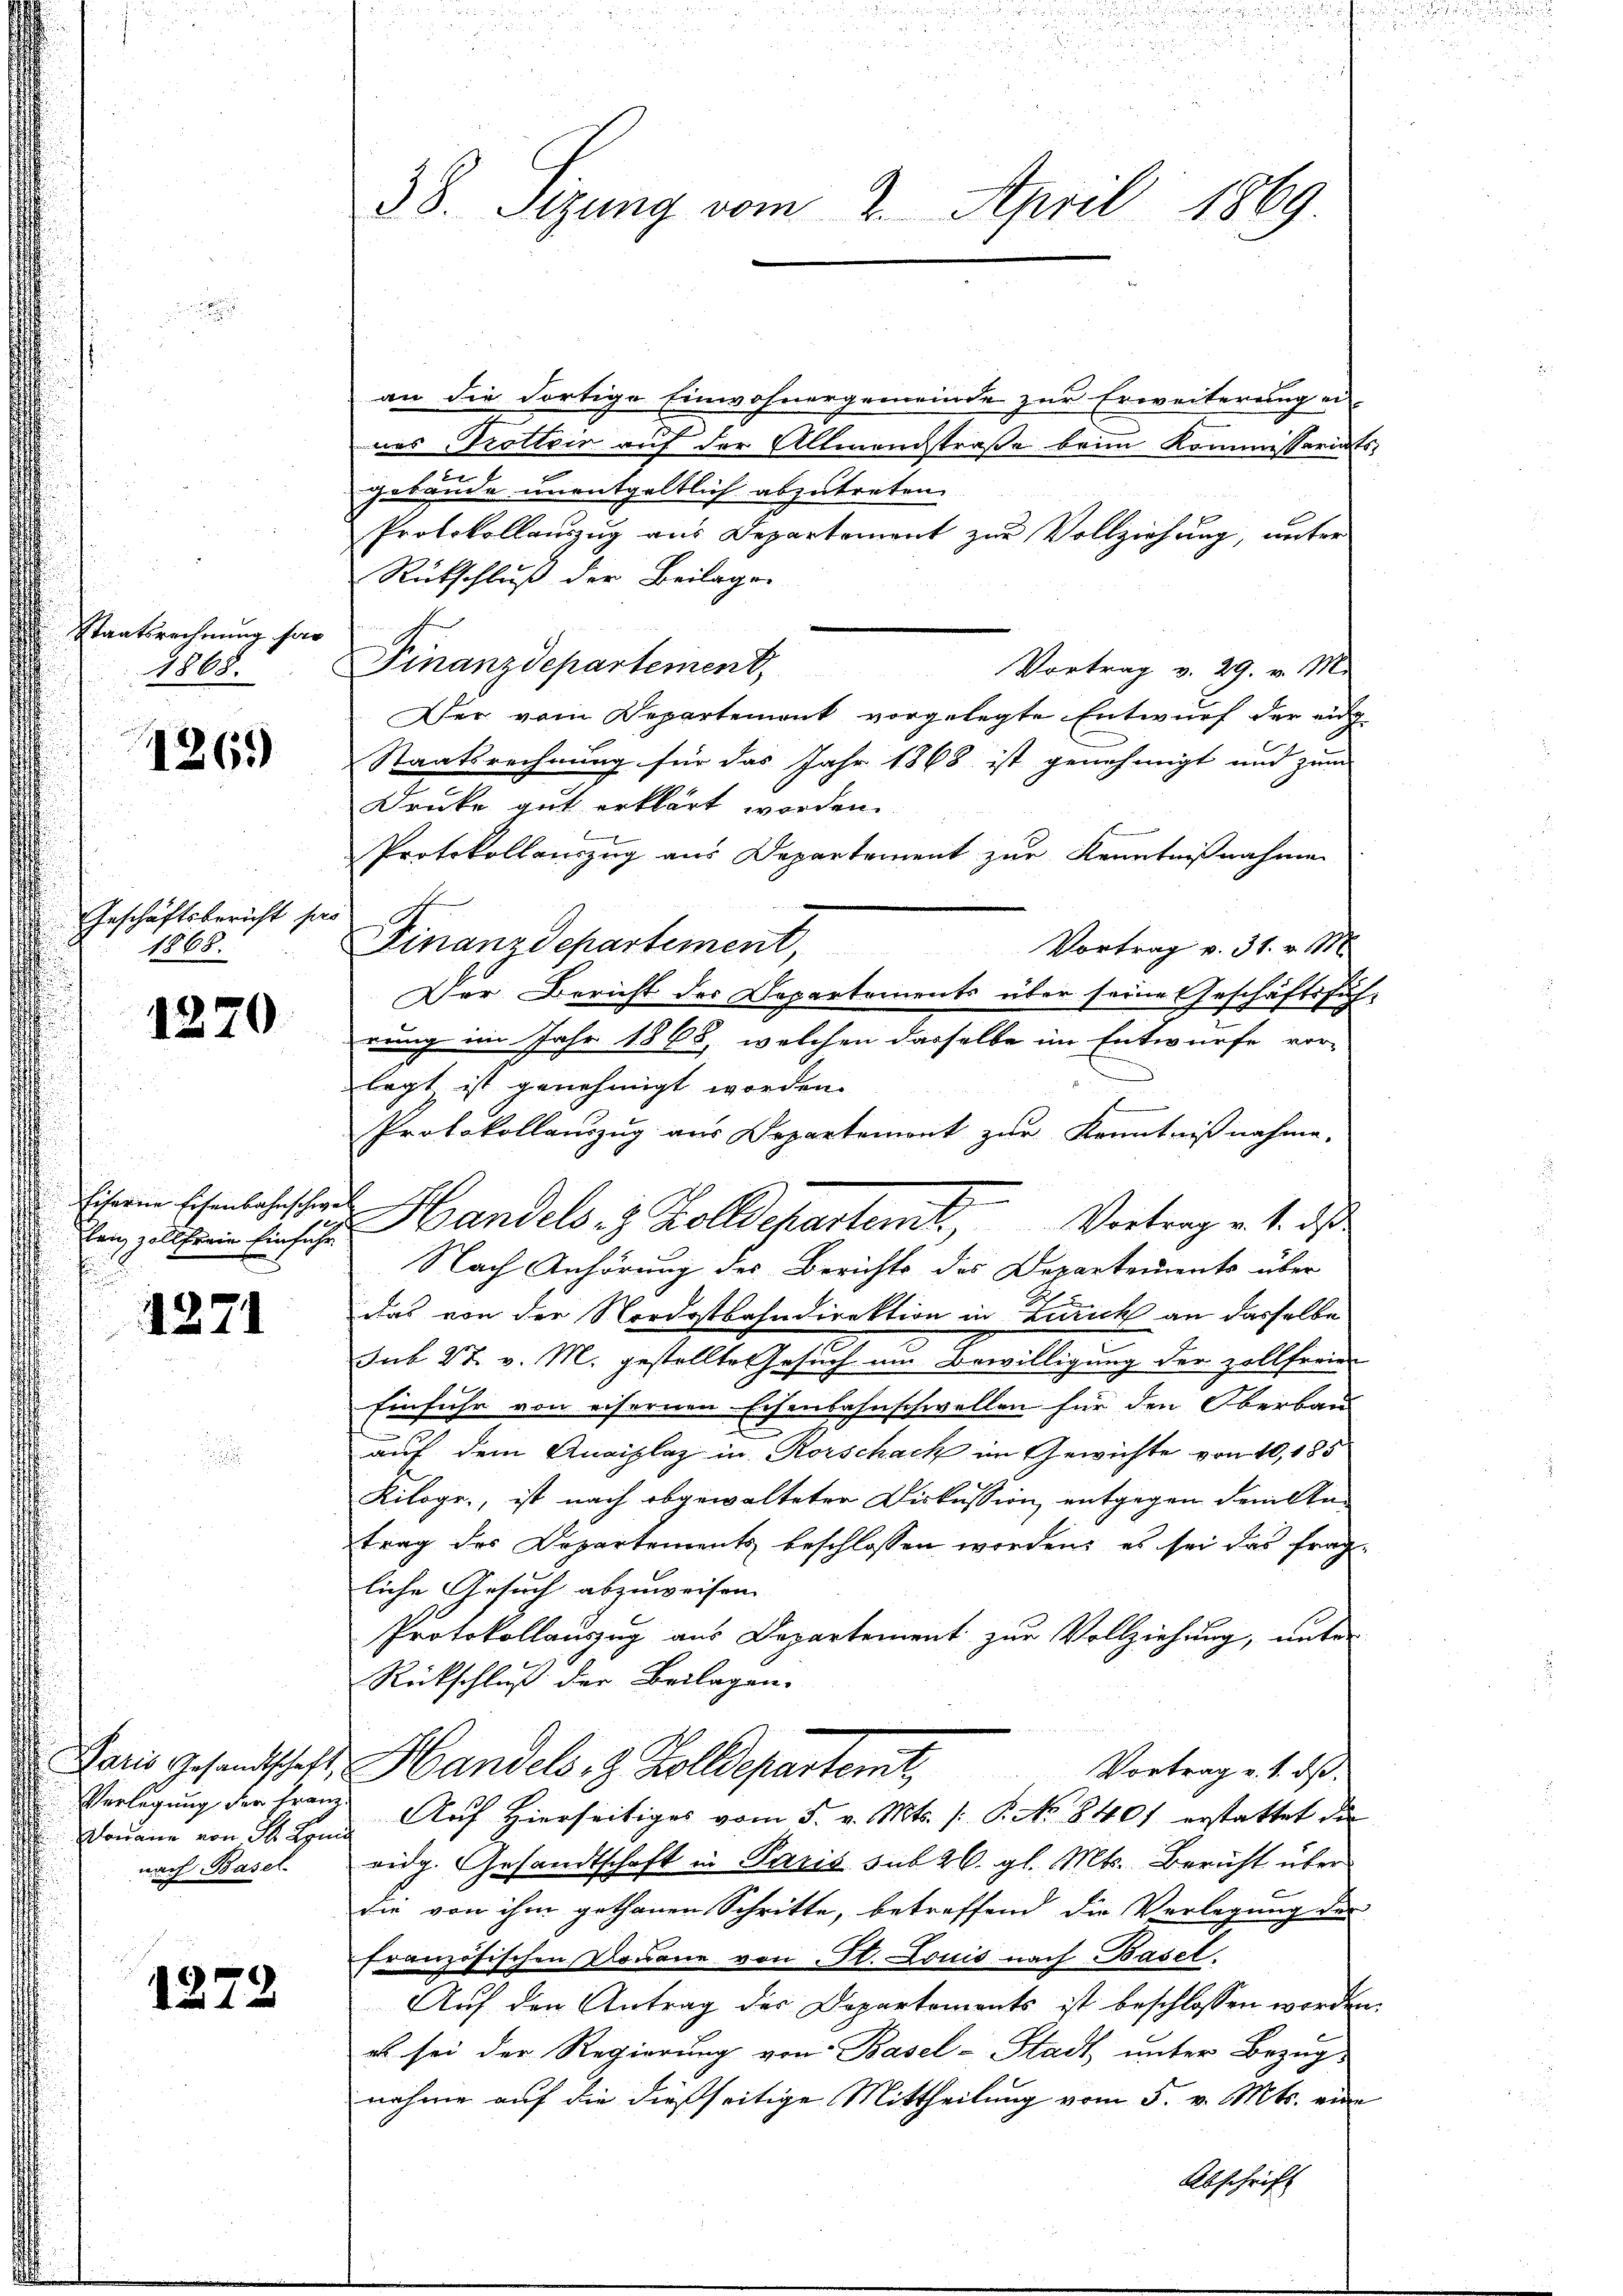
Staatsrechnung for
1868.

1261)

Geschäftsbericht sie
1868.

1270

lang zoll freie Einfuhr
u

4271

Verlegung der Franz.
Donaue von dh. Arnd
nach Basel

1272

38. Sizung vom 2. April 1869.

an die dortige Einwohnergemeinde zur Erweiterung ei
nes Trottoir auf der Allmandstraße bein Kommissariats
gebäude unentgeltlich abzutreten.
Protokollauszug aus Departement zur Vollziehung, unter
Rückschluß der Beilagen
Finanzdepartement,
Vortrag v. 29. v. M.
Der vom Departemont vorgelegte Entwurf der eing
Staatsrechnung für das Jahr 1868 ist genehmigt und zum
Drucke gut erklärt worden.
Protokollauszug aus Departement zur Kenntnißnahme
Finanzdepartement, Vortrag v. 31. M.
Der Bericht des Departements über seine Geschäftssich
rung im Jahr 1868, welchen dasselbe im Entwurfe vor-
legt ist genehmigt worden.
Protokollauszug aus Departemont zur Kenntnißnahme.
Eihrem Eisenbachschael Handels 8 Zolldepartemit Vortrag u. s. das
Nach Anhörung des Berichts des Departements über
das von der Nordostbahndirektion in Zürich an dasselbe
sub 27. v. M. gestellte Gesuch um Bewilligung der zollferien
Einfuhr von eisernen Eisenbahnschwellen für den Oberbau-
auf dem Anaiplaz in Rorschach im Gewichte von 10, 185
Kiloge, ist nach abgewalteter Diskussion entgegen dem An
trag des Departements beschlossen worden, es sei das frag
liche Gesuch abzuweisen. |
Protokollauszug aus Departement zur Vollziehung, unter
Rückschluß der Beilagen.
Paris Gesandtschaft, Handels, 8 Zolldepartemt,
Vortrag v. 1. ds.
Auf Hierseitiges vom 5. v. Mts. (: P. No 8401 erstattet die
eidg. Gesandtschaft in Paris sub 26. gl. Mts. Bericht über
die von ihm gethanen Schritte, betreffend die Verlegung der
französischen Douane von St. Louis nach Basel
Auf den Antrag des Departements ist beschlossen werden
es sei der Regierung von Basel-Stadt unter Bezug
nahme auf die dießseitige Mittheilung vom 5. v. Mts. eine

s